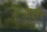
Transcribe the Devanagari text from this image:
रोएमेर